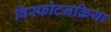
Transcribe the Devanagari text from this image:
विस्फोटनक्रिया